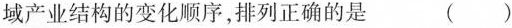
域产业结构的变化顺序，排列正确的是 ( )